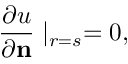
\frac { \partial u } { \partial \bf { n } } \mid _ { r = s } = 0 ,